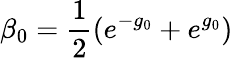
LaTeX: \beta_{0}=\frac{1}{2}(e^{-g_{0}}+e^{g_{0}})